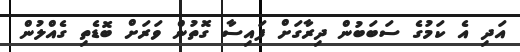
އަދި އެ ކަމުގެ ސަބަބުން ދިރާގަށް ފައިސާ ގޮތުން ވަރަށް ބޮޑެތި ގެއްލުން